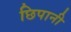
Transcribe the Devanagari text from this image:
छिपानी